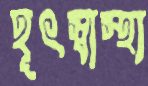
হূৎস্বাস্থ্য